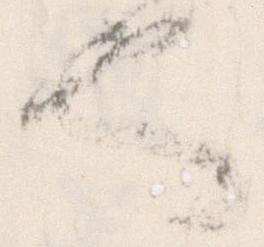
也